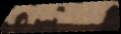
a e